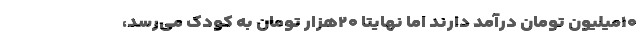
۱۰میلیون تومان درآمد دارند اما نهایتاً ۲۰هزار تومان به کودک می‌رسد،